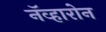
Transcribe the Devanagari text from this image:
नॅव्हारोन